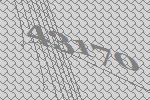
43170